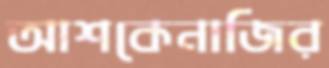
আশকেনাজির